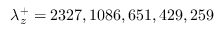
\lambda _ { z } ^ { + } = 2 3 2 7 , 1 0 8 6 , 6 5 1 , 4 2 9 , 2 5 9